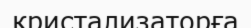
кристализаторға